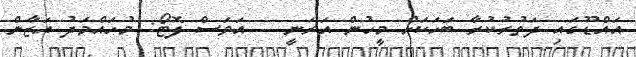
އައްޑޫގައި ދަތުރުކުރާ ބަހަކަށް މީހުން އަރަނީ -- އަވަސް ފޮޓޯ: މުހައްމަދު އަޒާން